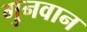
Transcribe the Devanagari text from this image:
गुनवान